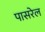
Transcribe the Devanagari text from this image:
पासरेल